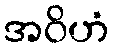
အဝိဟံ